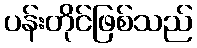
ပန်းတိုင်ဖြစ်သည်